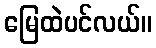
မြေထဲပင်လယ်။